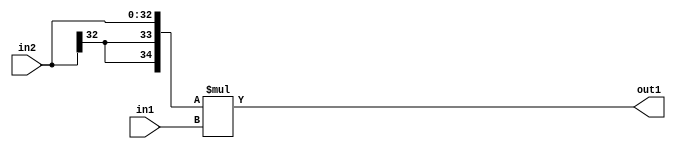
`timescale 1ps / 1ps
/*****************************************************************************
    Verilog RTL Description
    
    
    Created by: Stratus DpOpt 21.05.01 
*******************************************************************************/

module SobelFilter_Mul_33Sx32U_35S_4 (
	in2,
	in1,
	out1
	); /* architecture "behavioural" */ 
input [32:0] in2;
input [31:0] in1;
output [34:0] out1;
wire [34:0] asc001;

assign asc001 = 
	+({{2{in2[32]}}, in2} * in1);

assign out1 = asc001;
endmodule

/* CADENCE  ubL1TA8= : u9/ySxbfrwZIxEzHVQQV8Q== ** DO NOT EDIT THIS LINE ******/